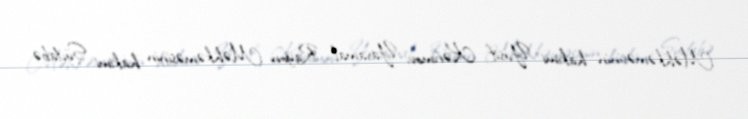
Məhkəməsinin hakimi Yusif Kərimov, Yasamal Rayon Məhkəməsinin hakimi Südabə